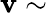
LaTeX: \mathbf{v}\sim